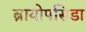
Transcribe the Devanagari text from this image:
ब्रायोपसिडा